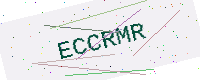
Text: ECCRMR